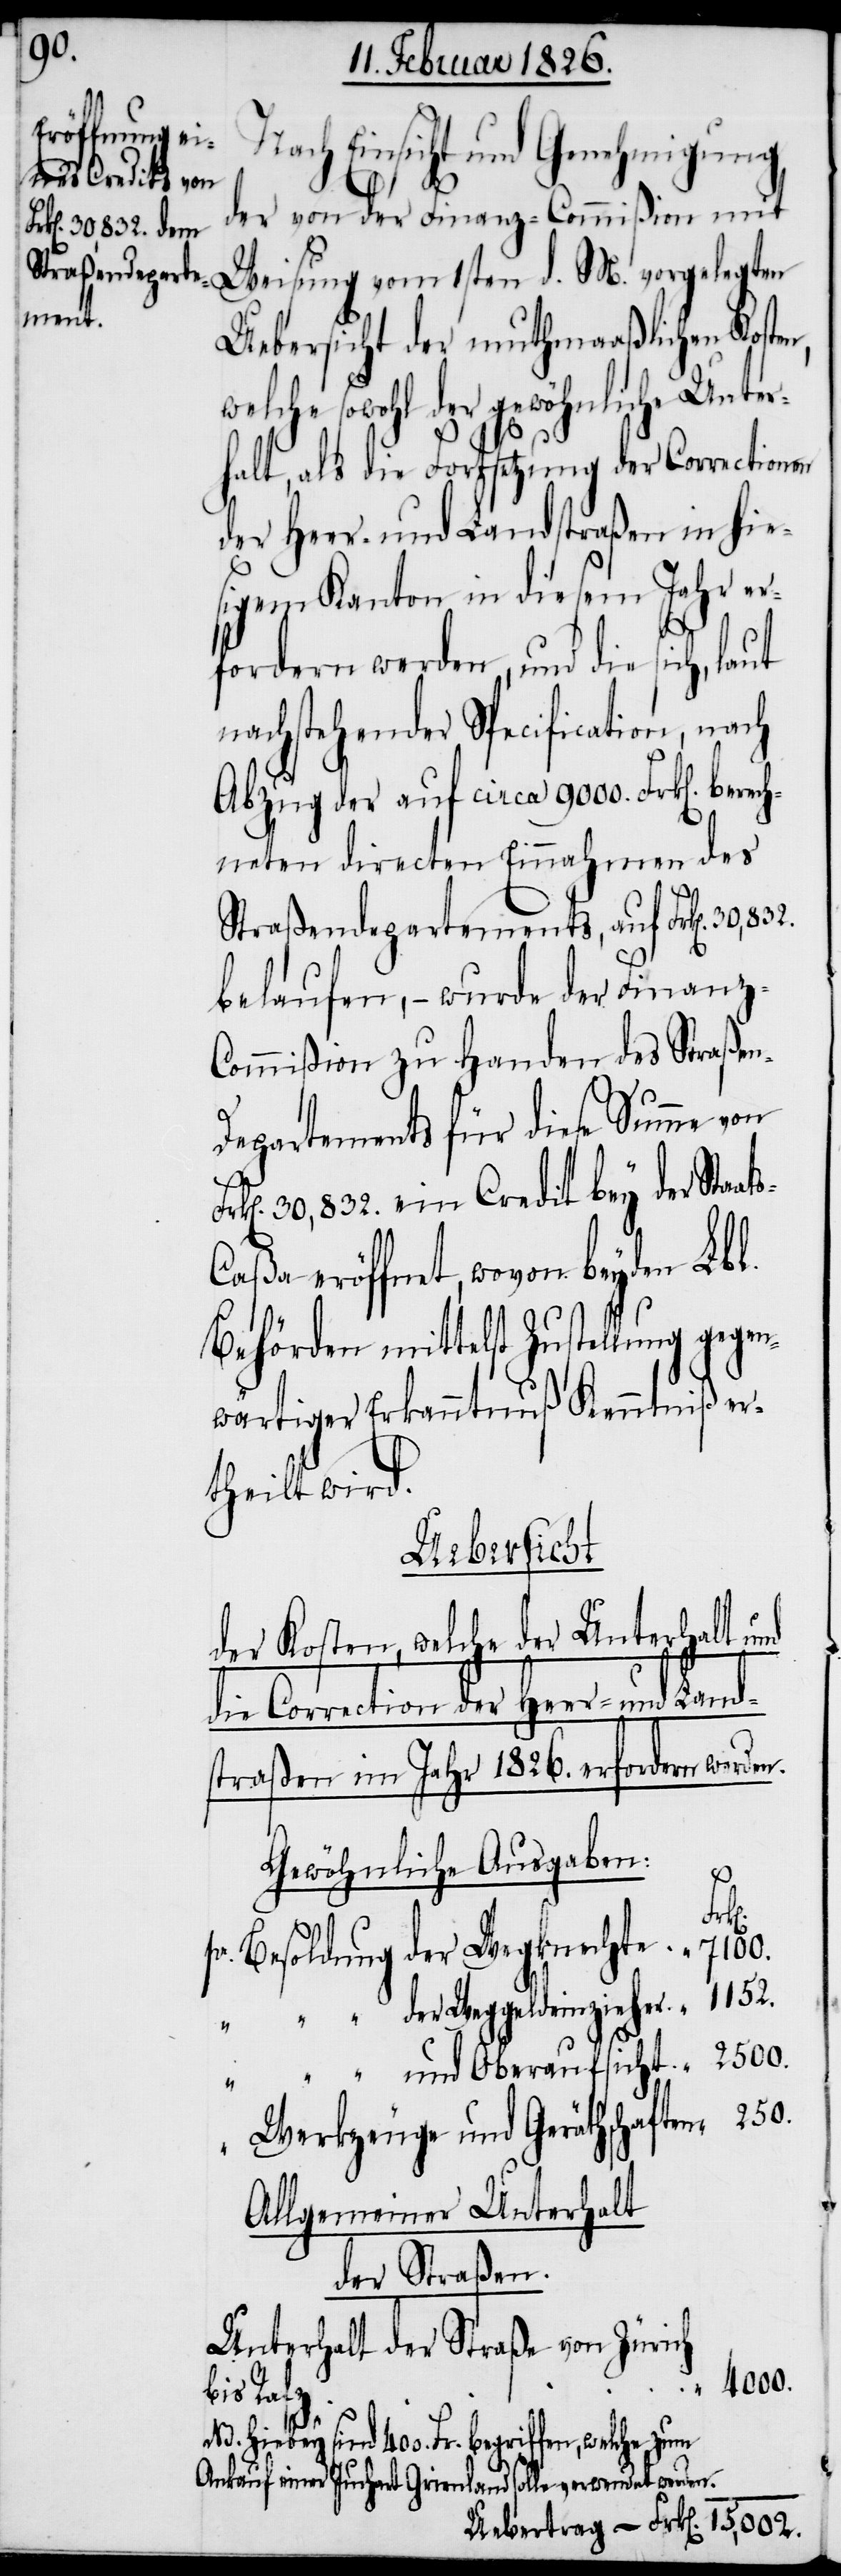
250.
die Correction

Nach Einsicht und Genehmigung
der von der Finanz-Commißion mit
Weisung vom 1sten d. M. vorgelegten
Uebersicht der muthmaaßlichen Koste¬
che sowohl der gewöhnliche Unter¬
halt, als die Fortsetzung der Correctionen
der Heer- und Landstraßen in hie¬
sigem Kanton in diesem Jahr er¬
fordern werden, und die sich, l¬
nachstehender Specification, nach
Abzug der auf circa 9000. Frk[en].
neten directen Einnahmen des
Straßendepartements, auf Frk[en].
belaufen, – wurde der Finanz-C¬
ommißion zu Handen des Straße¬
epartements für diese Summe von
30,832. ein Credit bey der Sta¬
aßa eröffnet, wovon beyden Lbl.
Behörden mittelst Zustellung gegen¬
wärtiger Erkanntnuß Kenntniß er¬
theilt wird.
Uebersicht
der Kosten, welche der Unterhalt und
straßen im Jahr 1826. erfordern werden.
Gewöhnliche Ausgaben:
und
r. Besoldung der Wegknechte
Werkzeuge und Geräthschaften
Allgemeiner Unterhalt
der Straßen.
Unterhalt der Straße von Zürich
4000.
bis Rafz
“
d¬
NB. Hiebey sind 400. Fr. begriffen, welche zum
Ankauf einer Juchart Grienland solle verwendet werden.